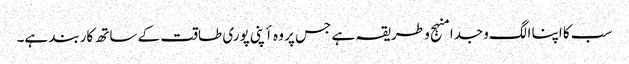
سب کا اپنا الگ وجدا منہج و طریقہ ہے جس پر وہ أپنی پوری طاقت کے ساتھ کاربند ہے۔